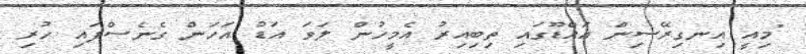
"މިއީ އިނގިރޭސިން އައްޑޫގައި ތިބިއިރު އެމީހުން ލަވަ އަޑު އަހަން ގެނެސްފައި ހުރި